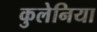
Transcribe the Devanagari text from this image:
कुलेनिया